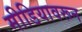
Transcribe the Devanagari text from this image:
मीडियावरून